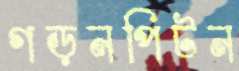
গড়নপিটন